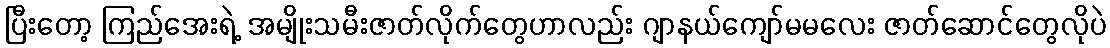
ပြီးတော့ ကြည်အေးရဲ့ အမျိုးသမီးဇာတ်လိုက်တွေဟာလည်း ဂျာနယ်ကျော်မမလေး ဇာတ်ဆောင်တွေလိုပဲ